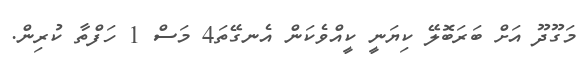
މަގޫދޫ އަށް ބަރަބޮލޭ ކިޔަނީ ކީއްވެކަން އެނގޭތަ4 މަސް 1 ހަފްތާ ކުރިން.